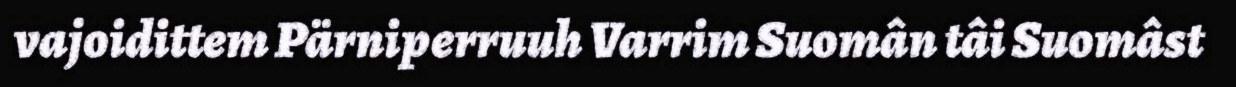
vajoidittem Pärniperruuh Varrim Suomân tâi Suomâst